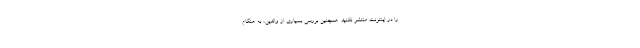
را در اینترنت منتشر نکنید. همچنین بررسی بسیاری از والدین، به هنگام